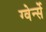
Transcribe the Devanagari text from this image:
ग्वेर्न्से